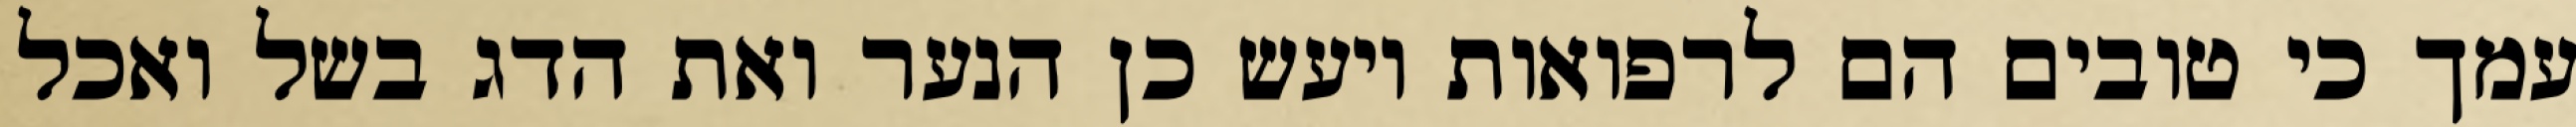
עמך כי טובים הם לרפואות ויעש כן הנער ואת הדג בשל ואכל